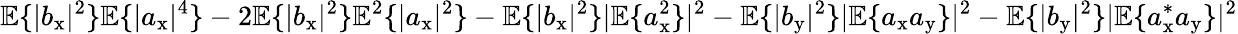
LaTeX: \mathbb{E}\{ |b_{\mathrm{x}}|^{2}\} \mathbb{E}\{ |a_{\mathrm{x}}|^{4}\} -2\mathbb{E}\{ |b_{\mathrm{x}}|^{2}\} \mathbb{E}^{2}\{ |a_{\mathrm{x}}|^{2}\} -\mathbb{E}\{ |b_{\mathrm{x}}|^{2}\} |\mathbb{E}\{ a_{\mathrm{x}}^{2}\} |^{2}-\mathbb{E}\{ |b_{\mathrm{y}}|^{2}\} |\mathbb{E}\{ a_{\mathrm{x}}a_{\mathrm{y}}\} |^{2}-\mathbb{E}\{ |b_{\mathrm{y}}|^{2}\} |\mathbb{E}\{ a_{\mathrm{x}}^{\ast}a_{\mathrm{y}}\} |^{2}